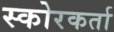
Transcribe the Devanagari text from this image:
स्कोरकर्ता